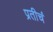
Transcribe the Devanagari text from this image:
प्रतीचं